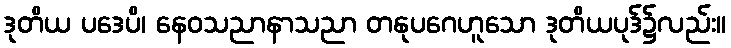
ဒုတိယ ပဒေပိ၊ နေဝသညာနာသညာ တနုပဂေဟူသော ဒုတိယပုဒ်၌လည်း။